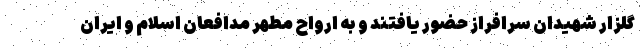
گلزار شهیدان سرافراز حضور یافتند و به ارواح مطهر مدافعان اسلام و ایران